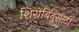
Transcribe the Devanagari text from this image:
शिरोबिंदूसाठी